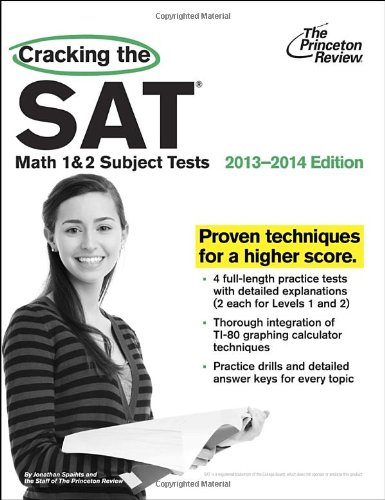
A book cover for Cracking the SAT Math 1 & 2 Subject Tests, 2013-2014 Edition (College Test Preparation); Princeton Review; Test Preparation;